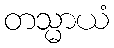
တသ္မာယံ